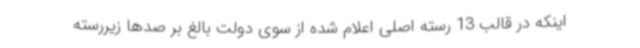
اینکه در قالب 13 رسته اصلی اعلام شده از سوی دولت بالغ بر صدها زیررسته